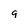
Character: 9